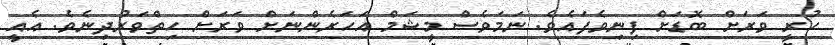
ހުރީ ވަރަށް ބޮޑަށް ފިނިވެފައެވެ. ނަމަވެސް މީޝަމް އަހަރެންނަށް ވަރަށް ހިތްވަރުދިނެވެ. އެއީ